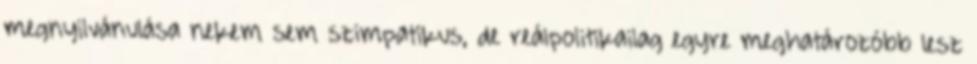
megnyilvánulása nekem sem szimpatikus, de reálpolitikailag egyre meghatározóbb lesz